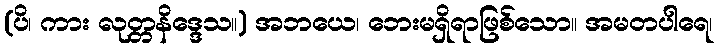
(ပိ၊ ကား လုတ္တနိဒ္ဒေသ။) အဘယေ၊ ဘေးမရှိရာဖြစ်သော။ အမတပါရေ၊